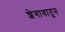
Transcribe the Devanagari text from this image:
शेगावातून